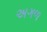
અગળ